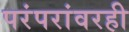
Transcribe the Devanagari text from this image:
परंपरांवरही